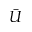
\bar { U }